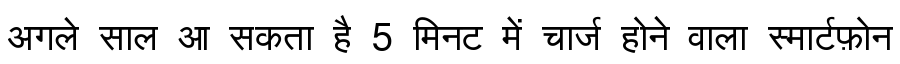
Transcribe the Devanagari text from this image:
अगले साल आ सकता है 5 मिनट में चार्ज होने वाला स्मार्टफ़ोन